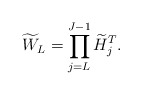
\begin{align*}\widetilde{W}_L = \prod_{j=L}^{J-1} \widetilde{H}_j^T.\end{align*}